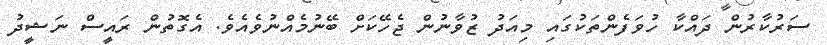
ސަރުކާރުން ދައްކާ ހުވަފެންތަކުގައި މިއަދު ޒުވާނުން ޖެހޭކަށް ބޭނުމެއްނުވެއެވެ. އެގޮތުން ރައީސް ނަޝީދު